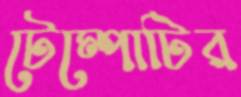
টেম্পোটির